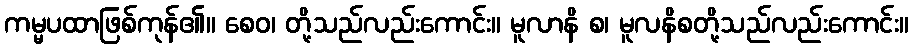
ကမ္မပထာဖြစ်ကုန်၏။ စေဝ၊ တို့သည်လည်းကောင်း။ မူလာနိ စ၊ မူလနိစတို့သည်လည်းကောင်း။